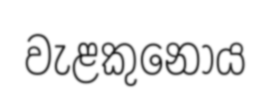
වැළකුනෝය